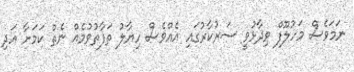
ނަމަވެސް މަހުލޫފް ވިދާޅުވީ ސަރުކާރުގައި އެއްވެސް ހިޔާލު ތަފާތުވުމެއް ނެތް ކަމަށާ އަދި